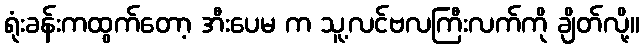
ရုံးခန်းကထွက်တော့ အီးပေမ က သူ့လင်ဗလကြီးလက်ကို ချိတ်လို့။